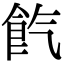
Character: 𩚤